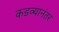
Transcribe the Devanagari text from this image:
कडव्यानंतर